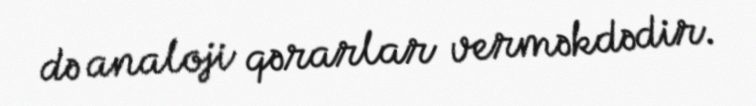
də analoji qərarlar verməkdədir.